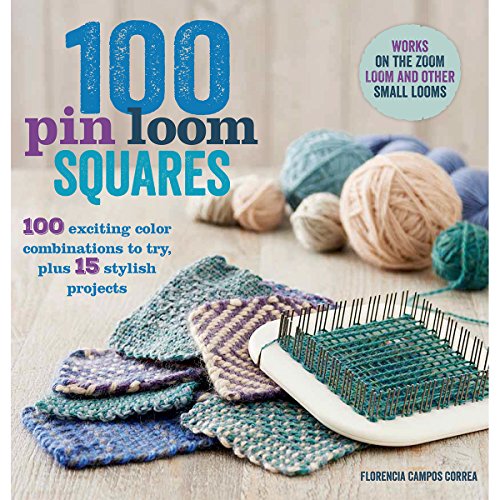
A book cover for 100 Pin Loom Squares: 100 Exciting Color Combinations to Try, Plus 15 Stylish Projects; Florencia Campos Correa; Crafts, Hobbies & Home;